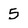
Character: 5